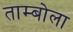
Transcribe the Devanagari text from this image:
ताम्बोला